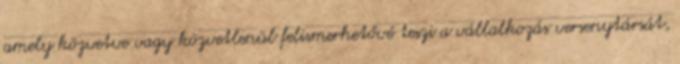
amely közvetve vagy közvetlenül felismerhetővé teszi a vállalkozás versenytársát,